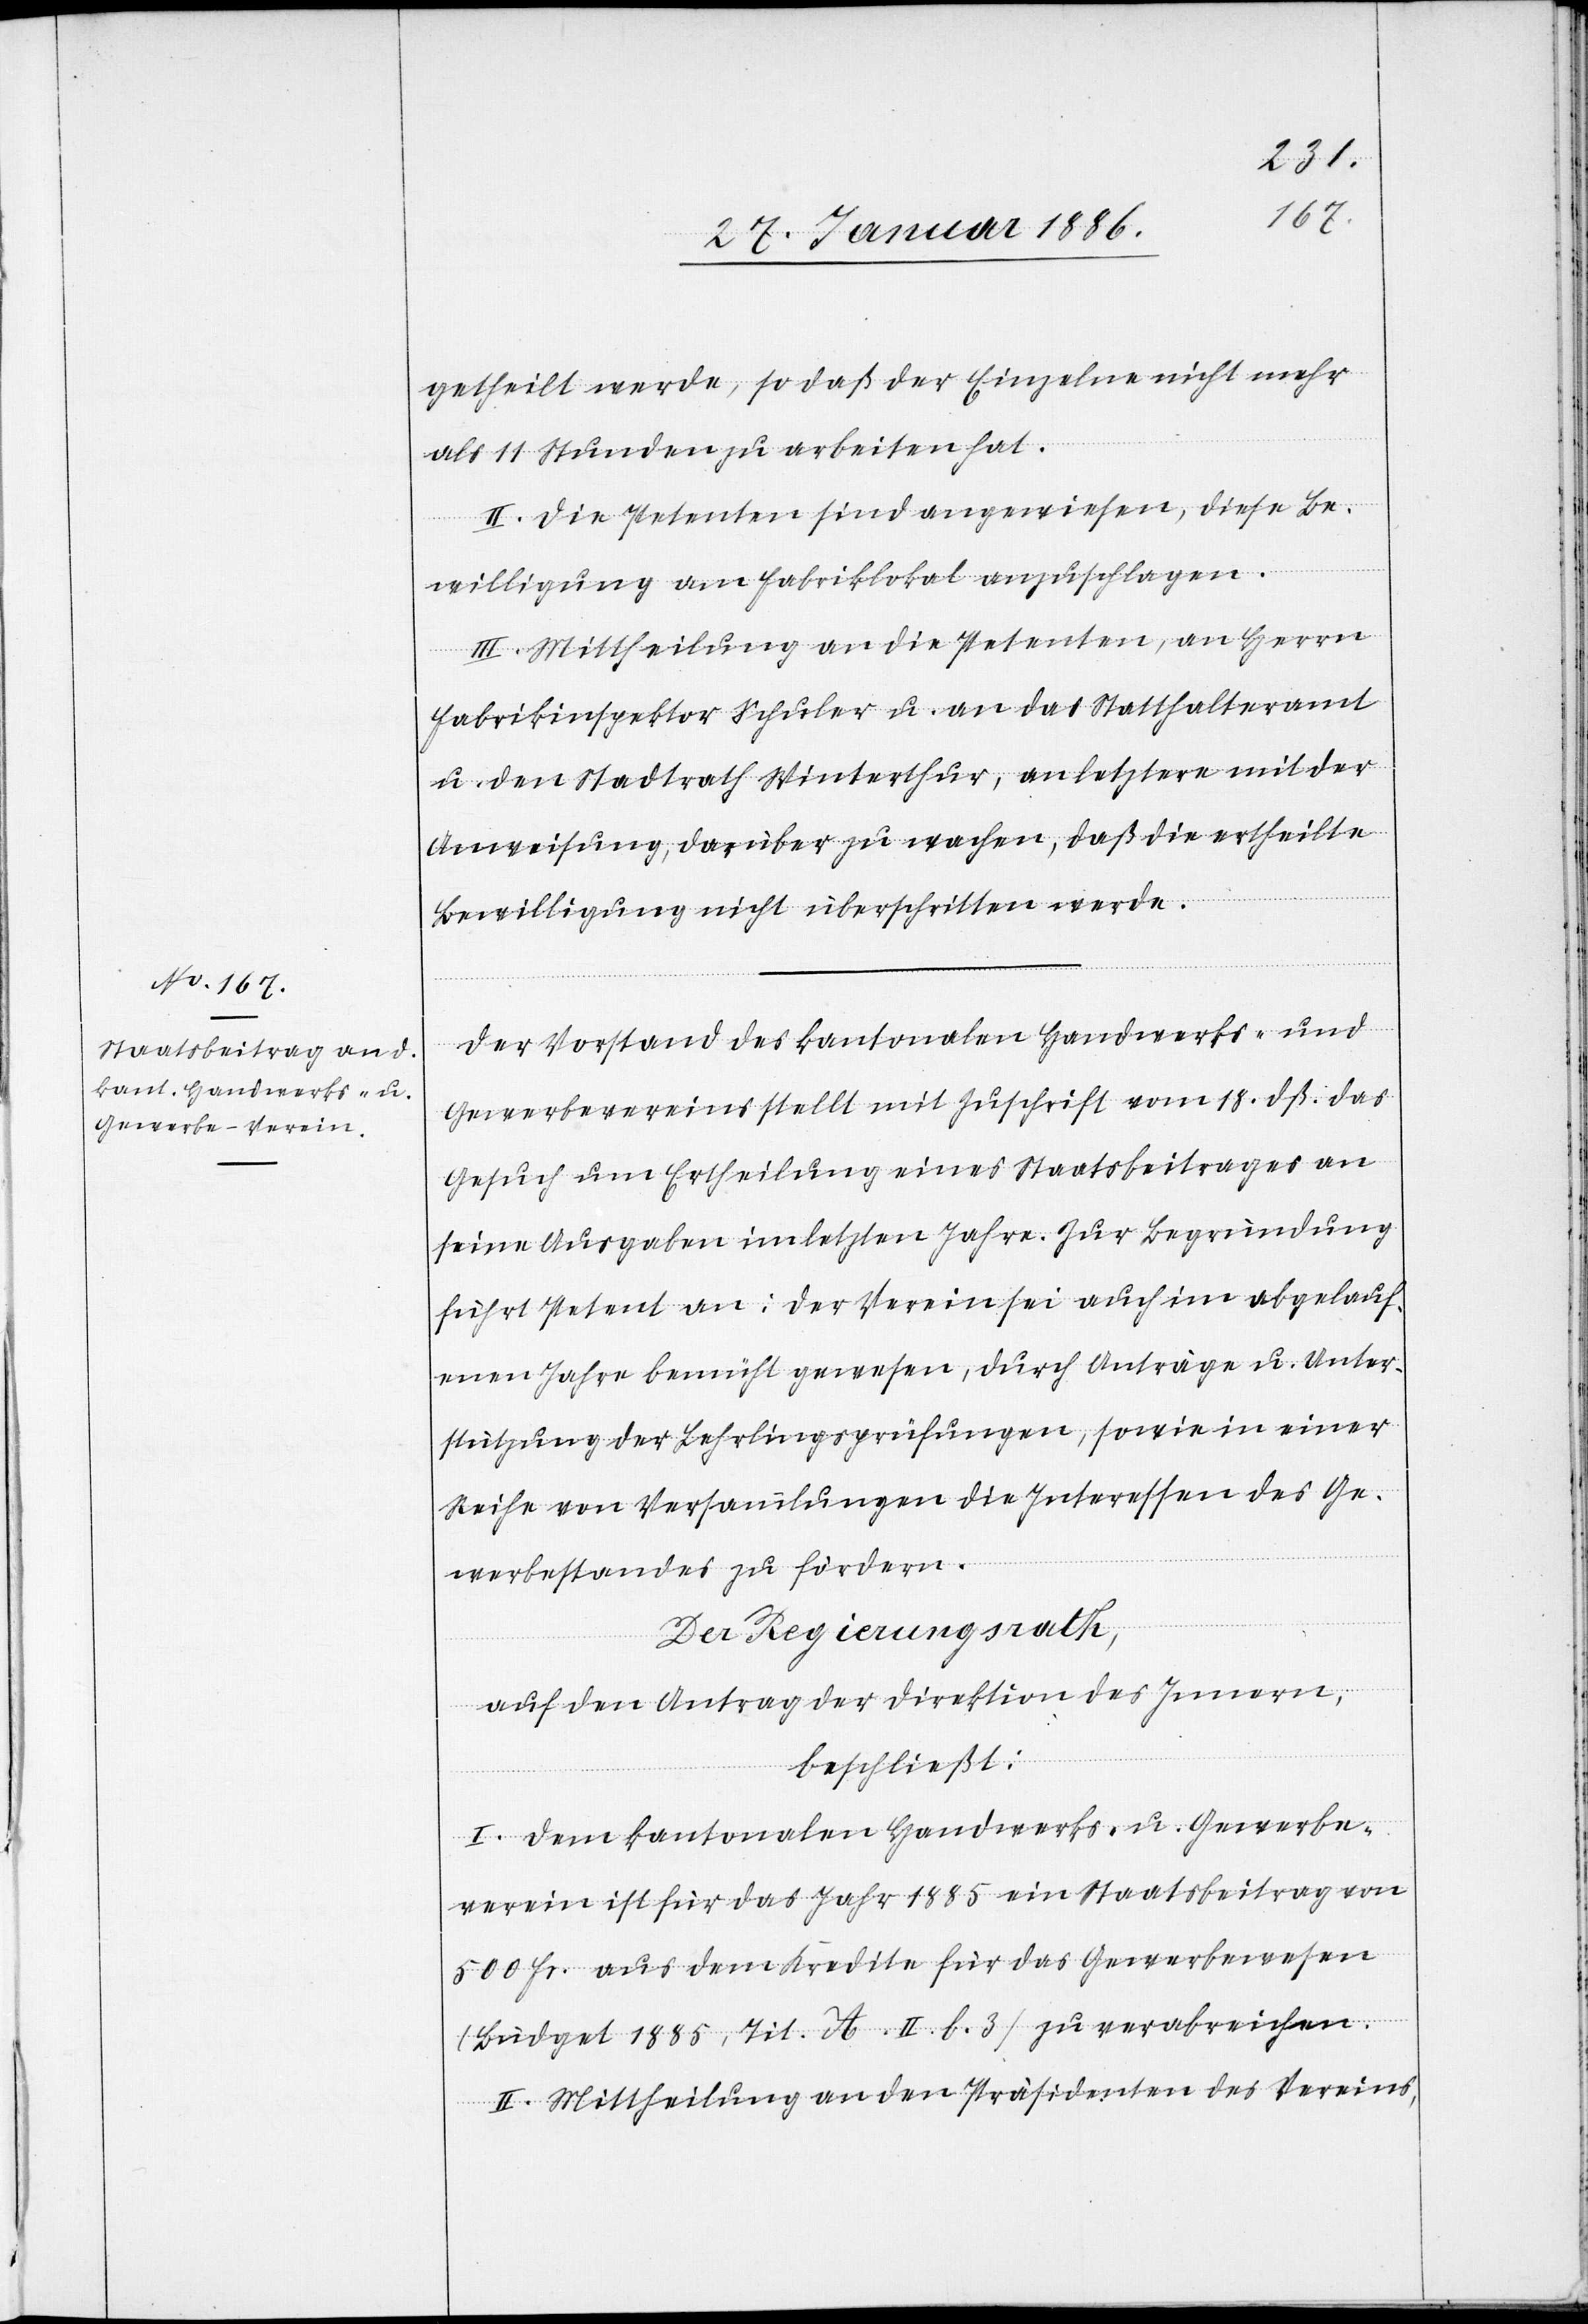
getheilt werde, so daß der Einzelne nicht mehr
als 11 Stunden zu arbeiten hat.
II. Die Petenten sind angewiesen, diese Be¬
willigung am Fabriklokal anzuschlagen.
III. Mittheilung an die Petenten, an Herrn
Fabrikinspektor Schuler u. an das Statthalteramt
u. den Stadtrath Winterthur, an letztern mit der
Anweisung, darüber zu wachen, daß die ertheilte
Bewilligung nicht überschritten werde.
Der Vorstand des kantonalen Handwerks- und
Gewerbevereins stellt mit Zuschrift vom 18. dß. das
Gesuch um Ertheilung eines Staatsbeitrages an
seine Ausgaben im letzten Jahre. Zur Begründung
führt Petent an: Der Verein sei auch im abgelauf¬
enen Jahre bemüht gewesen, durch Anträge u. Unter¬
stützung der Lehrlingsprüfungen, sowie in einer
Reihe von Versammlungen die Interessen des Ge¬
werbestandes zu fördern.
Der Regierungsrath,
auf den Antrag der Direktion des Innern,
beschließt:
I. Dem kantonalen Handwerks- u. Gewerbe¬
verein ist für das Jahr 1885 ein Staatsbeitrag von
500 Fr. aus dem Kredite für das Gewerbewesen
(Büdget 1885, Tit. A. II. b. 3) zu verabreichen.
II. Mittheilung an den Präsidenten des Vereins,